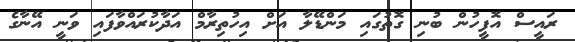
ރައީސް އޮފީހުން ބުނި ގޮތުގައި މަންޑޭލާ އަށް އިހުތިރާމް އަދާކުރައްވާފައި ވަނީ އޭނާގެ